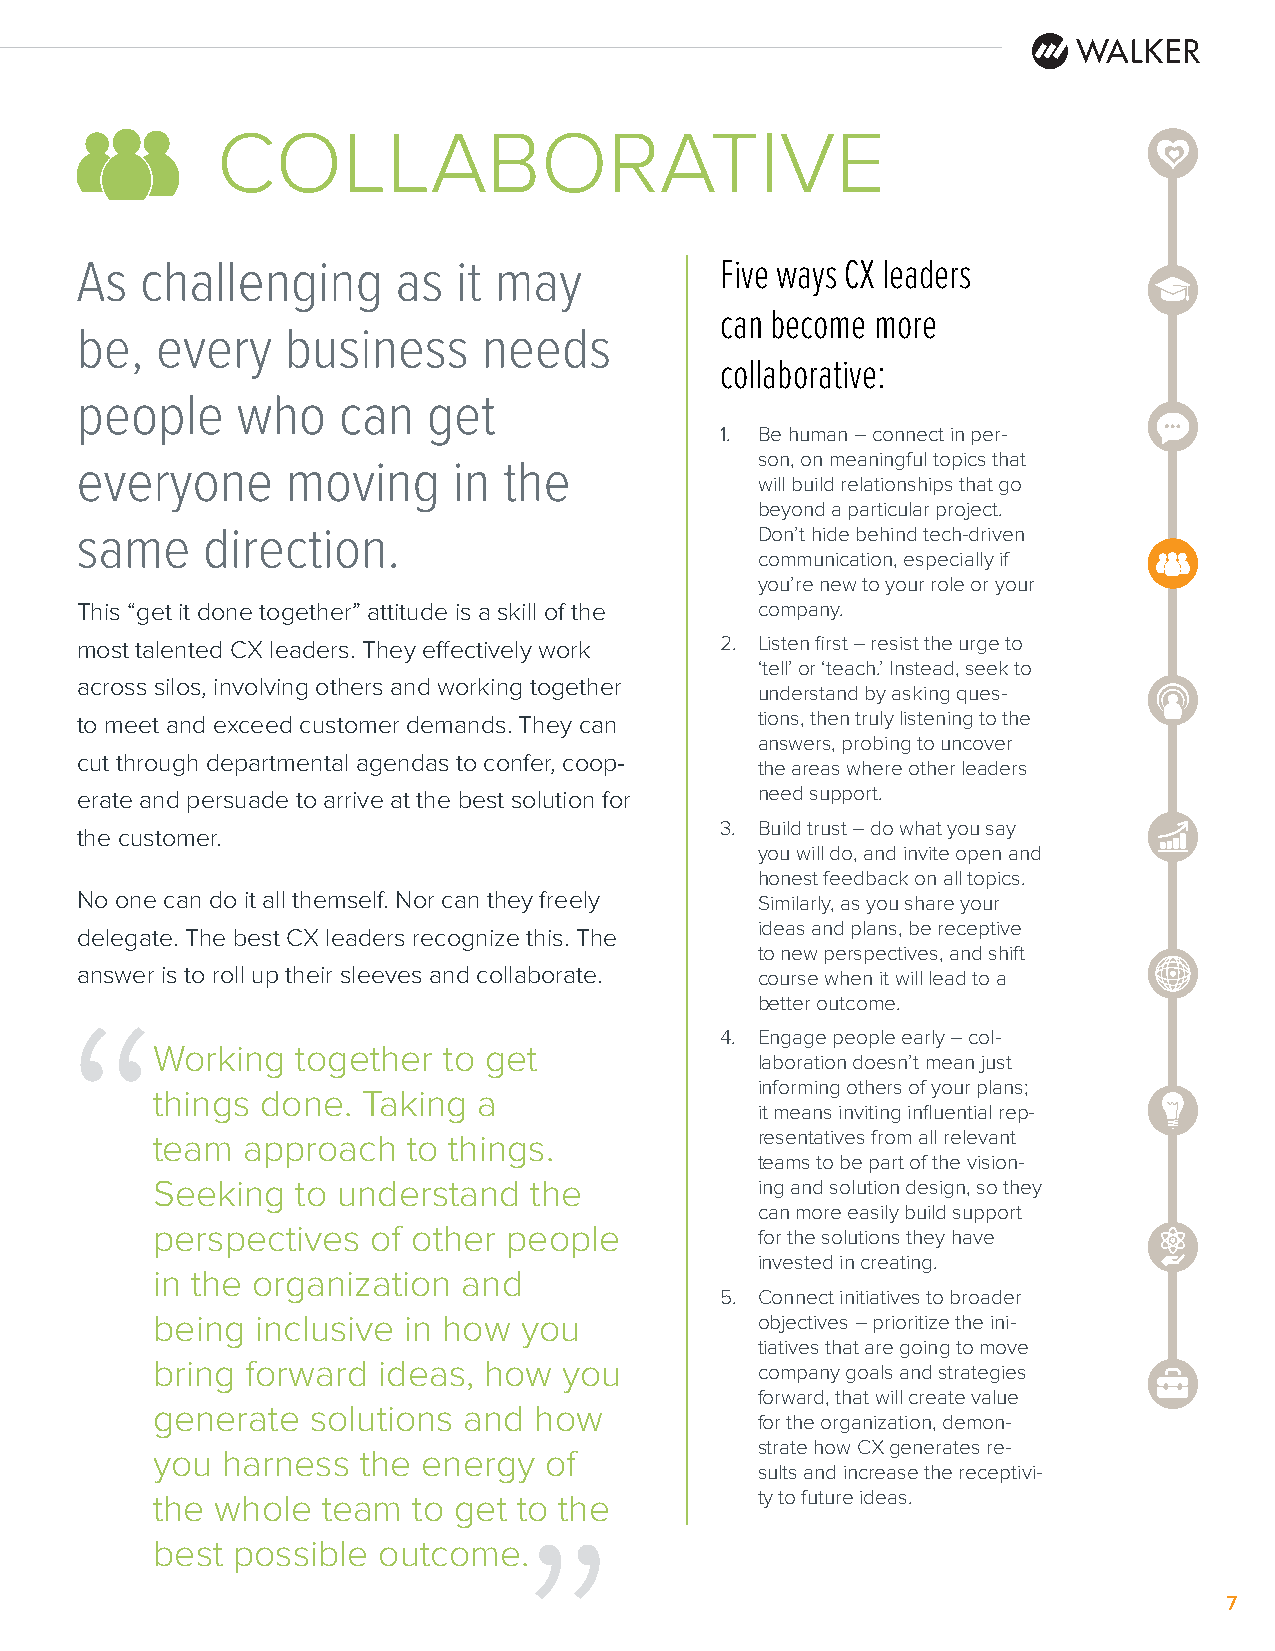
COLLABORATIVE
 As  challenging      as  it may            Five ways CX leaders
 can become more
 be,  every    business     needs
 collaborative:
 people     who   can   get
 1. Be human – connect in per-
 son, on meaningful topics that
 everyone      moving     in the
 will build relationships that go
 beyond a particular project.
 same    direction.                           Don’t hide behind tech-driven
 communication, especially if
 you’re new to your role or your
 This “get it done together” attitude is a skill of the company.
 most talented CX leaders. They effectively work 2. Listen first – resist the urge to
 ‘tell’ or ‘teach.’ Instead, seek to
 across silos, involving others and working together
 understand by asking ques-
 to meet and exceed customer demands. They can tions, then truly listening to the
 answers, probing to uncover
 cut through departmental agendas to confer, coop-
 the areas where other leaders
 erate and persuade to arrive at the best solution for need support.
 3. Build trust – do what you say
 the customer.
 you will do, and invite open and
 honest feedback on all topics.
 No one can do it all themself. Nor can they freely Similarly, as you share your
 ideas and plans, be receptive
 delegate. The best CX leaders recognize this. The
 to new perspectives, and shift
 answer is to roll up their sleeves and collaborate. course when it will lead to a
 better outcome.
 “
 4. Engage people early – col-
 Working   together to get
 laboration doesn’t mean just
 informing others of your plans;
 things done.  Taking  a
 it means inviting influential rep-
 team  approach   to things.             resentatives from all relevant
 teams to be part of the vision-
 Seeking   to understand  the            ing and solution design, so they
 can more easily build support
 perspectives   of other people          for the solutions they have
 invested in creating.
 in the organization  and
 5. Connect initiatives to broader
 “
 being  inclusive in how you             objectives – prioritize the ini-
 tiatives that are going to move
 bring forward  ideas, how  you          company goals and strategies
 forward, that will create value
 generate   solutions and how
 for the organization, demon-
 strate how CX generates re-
 you  harness  the energy  of
 sults and increase the receptivi-
 the whole  team  to get to the          ty to future ideas.
 best possible  outcome.
 7